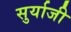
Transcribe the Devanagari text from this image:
सुर्याजी